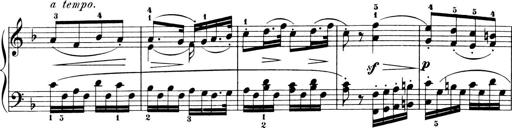
Title: 6 Piano Sonatinas
Composer: Cornelius Gurlitt